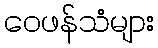
ဝေဖန်သံများ